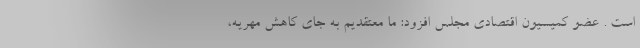
است . عضو کمیسیون اقتصادی مجلس افزود: ما معتقدیم به جای کاهش مهریه،